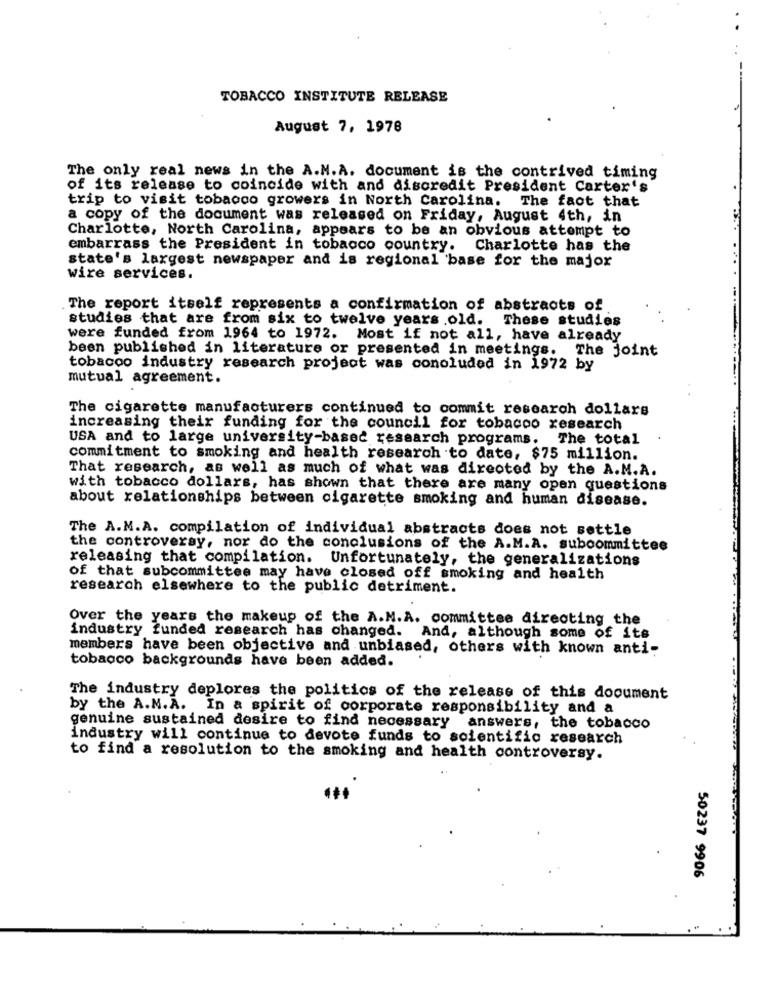
TOBACCO INSTITUTE RELEASE
August 7, 1976
The only real news in the A.M.A. document is the contrived timing
of its release to coincide with and discredit President Carter's
trip to visit tobacco growers in North Carolina. The fact that
a copy of the document was released on Friday, August 4th, in
Charlotte, North Carolina, appears to be an obvious attempt to
embarrass the President in tobacco country.
Charlotte has the
state's largest newspaper and is regional 'base for the major
wire services.
The report itself represents a confirmation of abstracts of
studies that are from six to twelve years old. These studies
were funded from 1964 to 1972. Most if not all, have already
been published in literature or presented in meetings. The joint
tobacco industry research project was concluded in 1972 by
mutual agreement.
The cigarette manufacturers continued to commit research dollars
increasing their funding for the council for tobacco research
USA and to large university-based research programs. The total
commitment to smoking and health research to date, $75 million.
That research, as well as much of what was directed by the A.M.A.
with tobacco dollars, has shown that there are many open questions
about relationships between cigarette smoking and human disease.
The A.M.A. compilation of individual abstracts does not settle
the controversy, nor do the conclusions of the A.M.A. subcommittee
releasing that compilation. Unfortunately, the generalizations
of that subcommittee may have closed off smoking and health
research elsewhere to the public detriment.
Over the years the makeup of the A.M.A. committee directing the
industry funded research has changed. And, although some of its
members have been objective and unbiased, others with known anti-
tobacco backgrounds have been added.
The industry deplores the politics of the release of this document
by the A.M.A. In a spirit of corporate responsibility and a
genuine sustained desire to find necessary answers, the tobacco
industry will continue to devote funds to scientific research
to find a resolution to the smoking and health controversy.
50237 9906